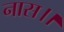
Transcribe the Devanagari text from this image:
नास।।